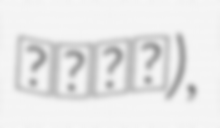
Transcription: دورس),